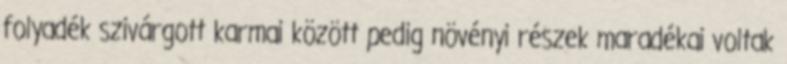
folyadék szivárgott karmai között pedig növényi részek maradékai voltak